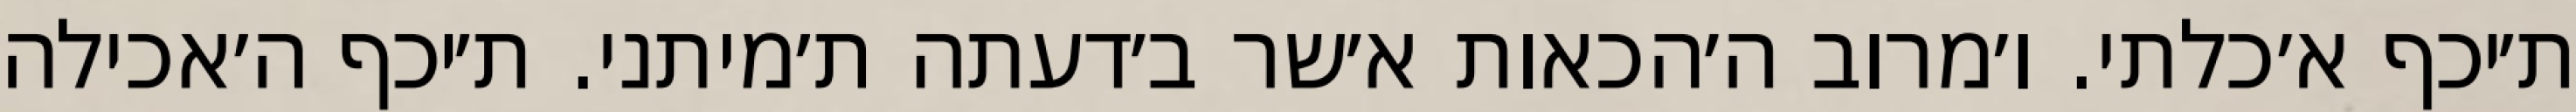
ת׳יכף א׳כלתי. ו׳מרוב ה׳הכאות א׳שר ב׳דעתה ת׳מיתני. ת׳יכף ה׳אכילה